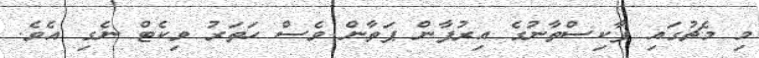
މި މެޗުގައި ޕާކިސްތާނުގެ އިރުފާން ޕަތާން ވެސް ހަތަރު ވިކެޓް ނެގި އެވެ.